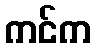
ကင်က